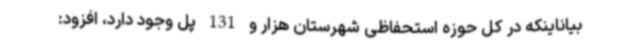
بیاناینکه در کل حوزه استحفاظی شهرستان هزار و 131 پل وجود دارد، افزود: